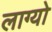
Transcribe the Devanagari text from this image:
लाग्यो